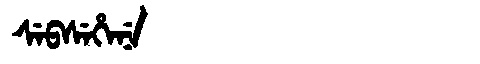
Manchu: ᠰᡝᠪᠰᡝᡥᡝᠨᡝ
Romanization: SEBSEHENE